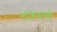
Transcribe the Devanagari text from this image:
भाऊमध्ये